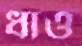
ধাও